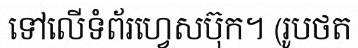
ទៅលើទំព័រហ្វេសប៊ុក។ (រូបថត